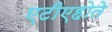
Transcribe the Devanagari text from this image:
एटीएहोते